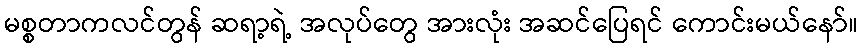
မစ္စတာကလင်တွန် ဆရာ့ရဲ့ အလုပ်တွေ အားလုံး အဆင်ပြေရင် ကောင်းမယ်နော်။